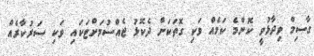
ގާސިމް ވިދާޅުވީ ކޮންމެ ކަމެއް ވަކި ގޮތަކަށް ދެކޮޅު ޖެއްސުމަށްޓަކައި ވަކި ސަރުކާރެއް